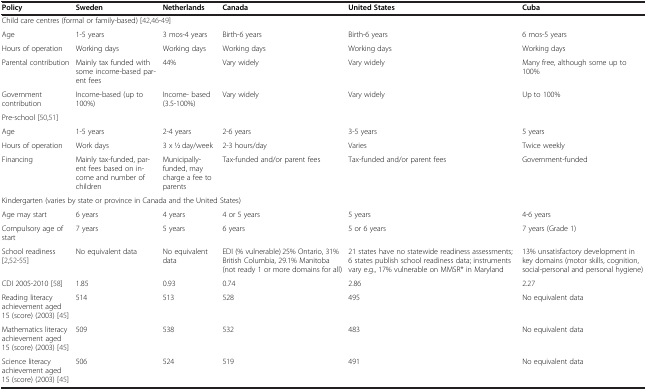
<table><thead><tr><td><b>Policy</b></td><td><b>Sweden</b></td><td><b>Netherlands</b></td><td><b>Canada</b></td><td><b>United States</b></td><td><b>Cuba</b></td></tr></thead><tbody><tr><td colspan="6">Child care centres (formal or family-based) [42,46-49]</td></tr><tr><td>Age</td><td>1-5 years</td><td>3 mos-4 years</td><td>Birth-6 years</td><td>Birth-6 years</td><td>6 mos-5 years</td></tr><tr><td>Hours of operation</td><td>Working days</td><td>Working days</td><td>Working days</td><td>Working days</td><td>Working days</td></tr><tr><td>Parental contribution</td><td>Mainly tax funded with some income-based parent fees</td><td>44%</td><td>Vary widely</td><td>Vary widely</td><td>Many free, although some up to 100%</td></tr><tr><td>Government contribution</td><td>Income-based (up to 100%)</td><td>Income- based (3.5-100%)</td><td>Vary widely</td><td>Vary widely</td><td>Up to 100%</td></tr><tr><td colspan="6">Pre-school [50,51]</td></tr><tr><td>Age</td><td>1-5 years</td><td>2-4 years</td><td>2-6 years</td><td>3-5 years</td><td>5 years</td></tr><tr><td>Hours of operation</td><td>Work days</td><td>3 x 1⁄2 day/week</td><td>2-3 hours/day</td><td>Varies</td><td>Twice weekly</td></tr><tr><td>Financing</td><td>Mainly tax-funded, parent fees based on income and number of children</td><td>Municipally-funded, may charge a fee to parents</td><td>Tax-funded and/or parent fees</td><td>Tax-funded and/or parent fees</td><td>Government-funded</td></tr><tr><td colspan="6">Kindergarten (varies by state or province in Canada and the United States)</td></tr><tr><td>Age may start</td><td>6 years</td><td>4 years</td><td>4 or 5 years</td><td>5 years</td><td>4-6 years</td></tr><tr><td>Compulsory age of start</td><td>7 years</td><td>5 years</td><td>6 years</td><td>5 or 6 years</td><td>7 years (Grade 1)</td></tr><tr><td>School readiness [2,52-55]</td><td>No equivalent data</td><td>No equivalent data</td><td>EDI (% vulnerable) 25% Ontario, 31% British Columbia, 29.1% Manitoba (not ready 1 or more domains for all)</td><td>21 states have no statewide readiness assessments; 6 states publish school readiness data; instruments vary e.g., 17% vulnerable on MMSR* in Maryland</td><td>13% unsatisfactory development in key domains (motor skills, cognition, social-personal and personal hygiene)</td></tr><tr><td>CDI 2005-2010 [58]</td><td>1.85</td><td>0.93</td><td>0.74</td><td>2.86</td><td>2.27</td></tr><tr><td>Reading literacy achievement aged 15 (score) (2003) [45]</td><td>514</td><td>513</td><td>528</td><td>495</td><td>No equivalent data</td></tr><tr><td>Mathematics literacy achievement aged 15 (score) (2003) [45]</td><td>509</td><td>538</td><td>532</td><td>483</td><td>No equivalent data</td></tr><tr><td>Science literacy achievement aged 15 (score) (2003) [45]</td><td>506</td><td>524</td><td>519</td><td>491</td><td>No equivalent data</td></tr></tbody></table>